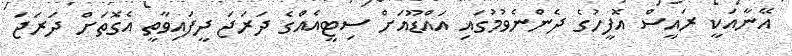
އޭނާއަކީ ރައީސް އޮފީހުގެ ދެންނެވުމުގައި އައްޑޫއަށް ސިޓީއެއްގެ ދަރަޖަ ދީފައިވާތީ އެގޮތަށް ދަރަޖަ